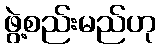
ဖွဲ့စည်းမည်ဟု